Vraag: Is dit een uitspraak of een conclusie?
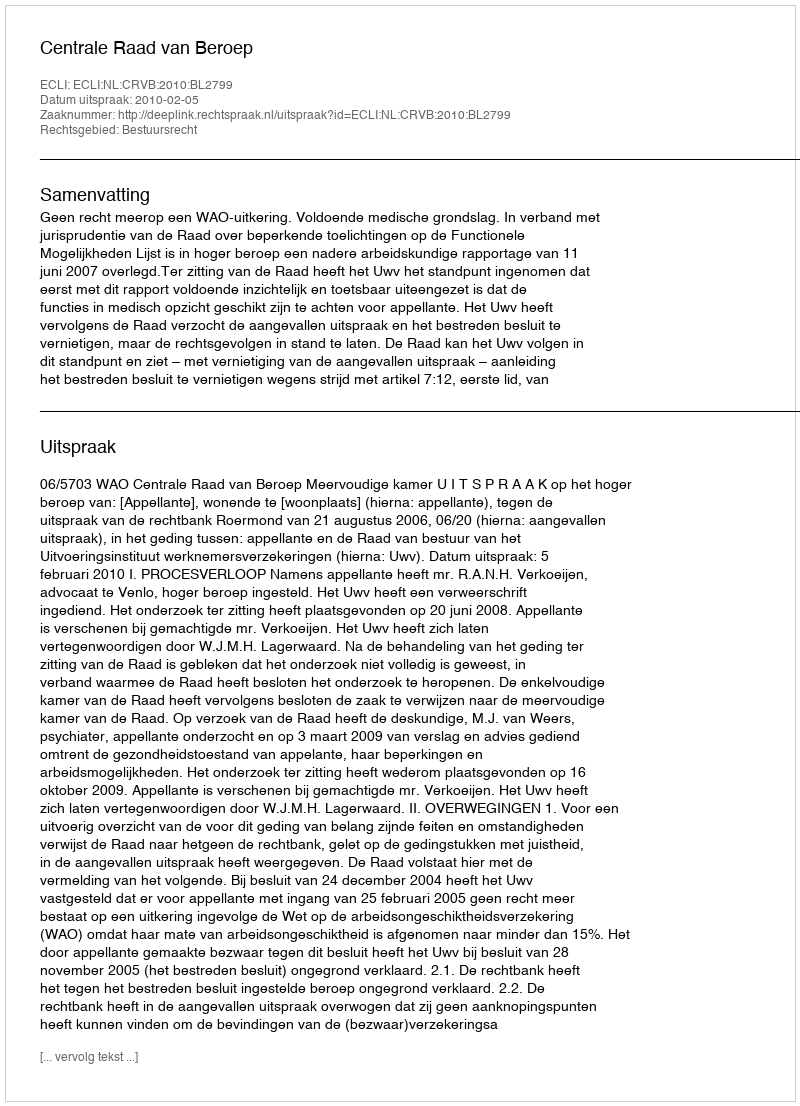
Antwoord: Uitspraak